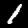
Label: 1